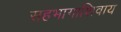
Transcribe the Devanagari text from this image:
सहभागाशिवाय